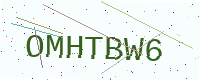
Text: OMHTBW6